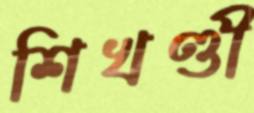
শিখণ্ডী